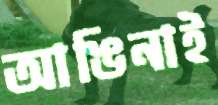
আঙিনাই